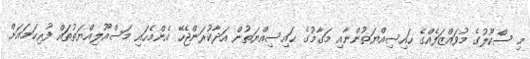
މި ސްކޫލުގެ މުވައްޒަފެއްގެ ހައިސިއްޔަތުންނާއި މަގާމުގެ ޙައިސިއްޔަތުން އަދާކުރަންޖެހޭ އެންމެހައި މަސްއޫލިއްޔަތުތައް ފުރިހަމައަށް